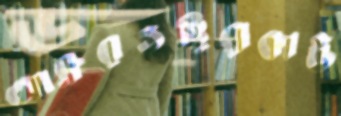
আব্রুরওস্থিরাকাউ